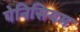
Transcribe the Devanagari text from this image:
पेनिसियम